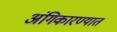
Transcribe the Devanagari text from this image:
अंगिकारण्यात